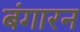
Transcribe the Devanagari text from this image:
बंगारन